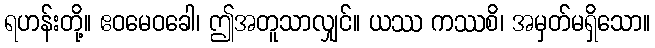
ရဟန်းတို့။ ဧဝမေဝခေါ၊ ဤအတူသာလျှင်။ ယဿ ကဿစိ၊ အမှတ်မရှိသော။